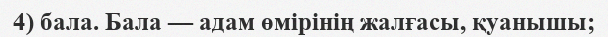
4) бала. Бала — адам өмірінің жалғасы, қуанышы;